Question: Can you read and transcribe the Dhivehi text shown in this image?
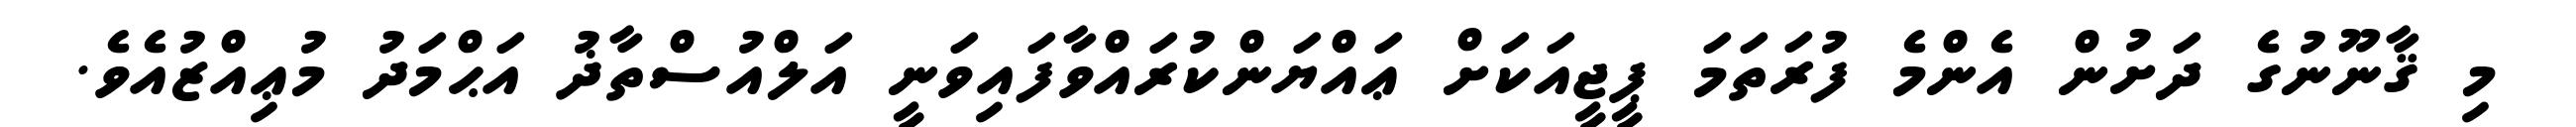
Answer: މި ޤާނޫނުގެ ދަށުން އެންމެ ފުރަތަމަ ޕީޖީއަކަށް ޢައްޔަންކުރައްވާފައިވަނީ އަލްއުސްތާޛު އަޙްމަދު މުޢިއްޒުއެވެ.